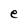
Character: e